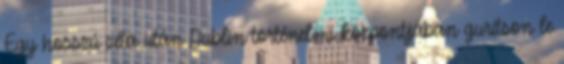
Egy hosszú séta után Dublin történelmi központjában gurítson le